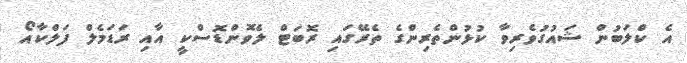
އެ ކްލަބުން ޝައުގުވެރިވާ ކުޅުންތެރިންގެ ތެރޭގައި ރޮބަޓް ލެވޮންޑޮސްކީ އާއި ރަޑަމެލް ފަލްކާއޯ